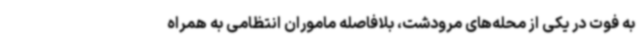
به فوت در یکی از محله‌های مرودشت، بلافاصله ماموران انتظامی به همراه